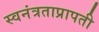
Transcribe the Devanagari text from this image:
स्वनंत्रताप्रापती